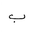
Letter: _ba